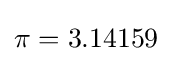
\pi =3.14159